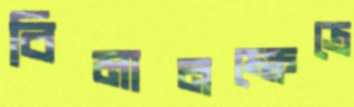
বিমানক্ষেত্রে